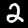
Label: 2